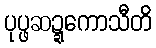
ပုပ္ဖဆဍ္ဍကောသီတိ